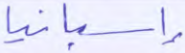
إسبانيا